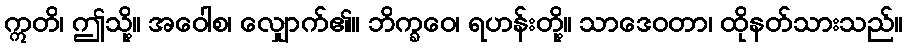
ဣတိ၊ ဤသို့။ အဝေါစ၊ လျှောက်၏။ ဘိက္ခဝေ၊ ရဟန်းတို့။ သာဒေဝတာ၊ ထိုနတ်သားသည်။